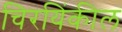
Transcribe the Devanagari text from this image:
चिरयिंकील